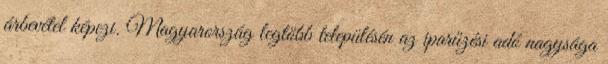
árbevétel képezi. Magyarország legtöbb településén az iparűzési adó nagysága